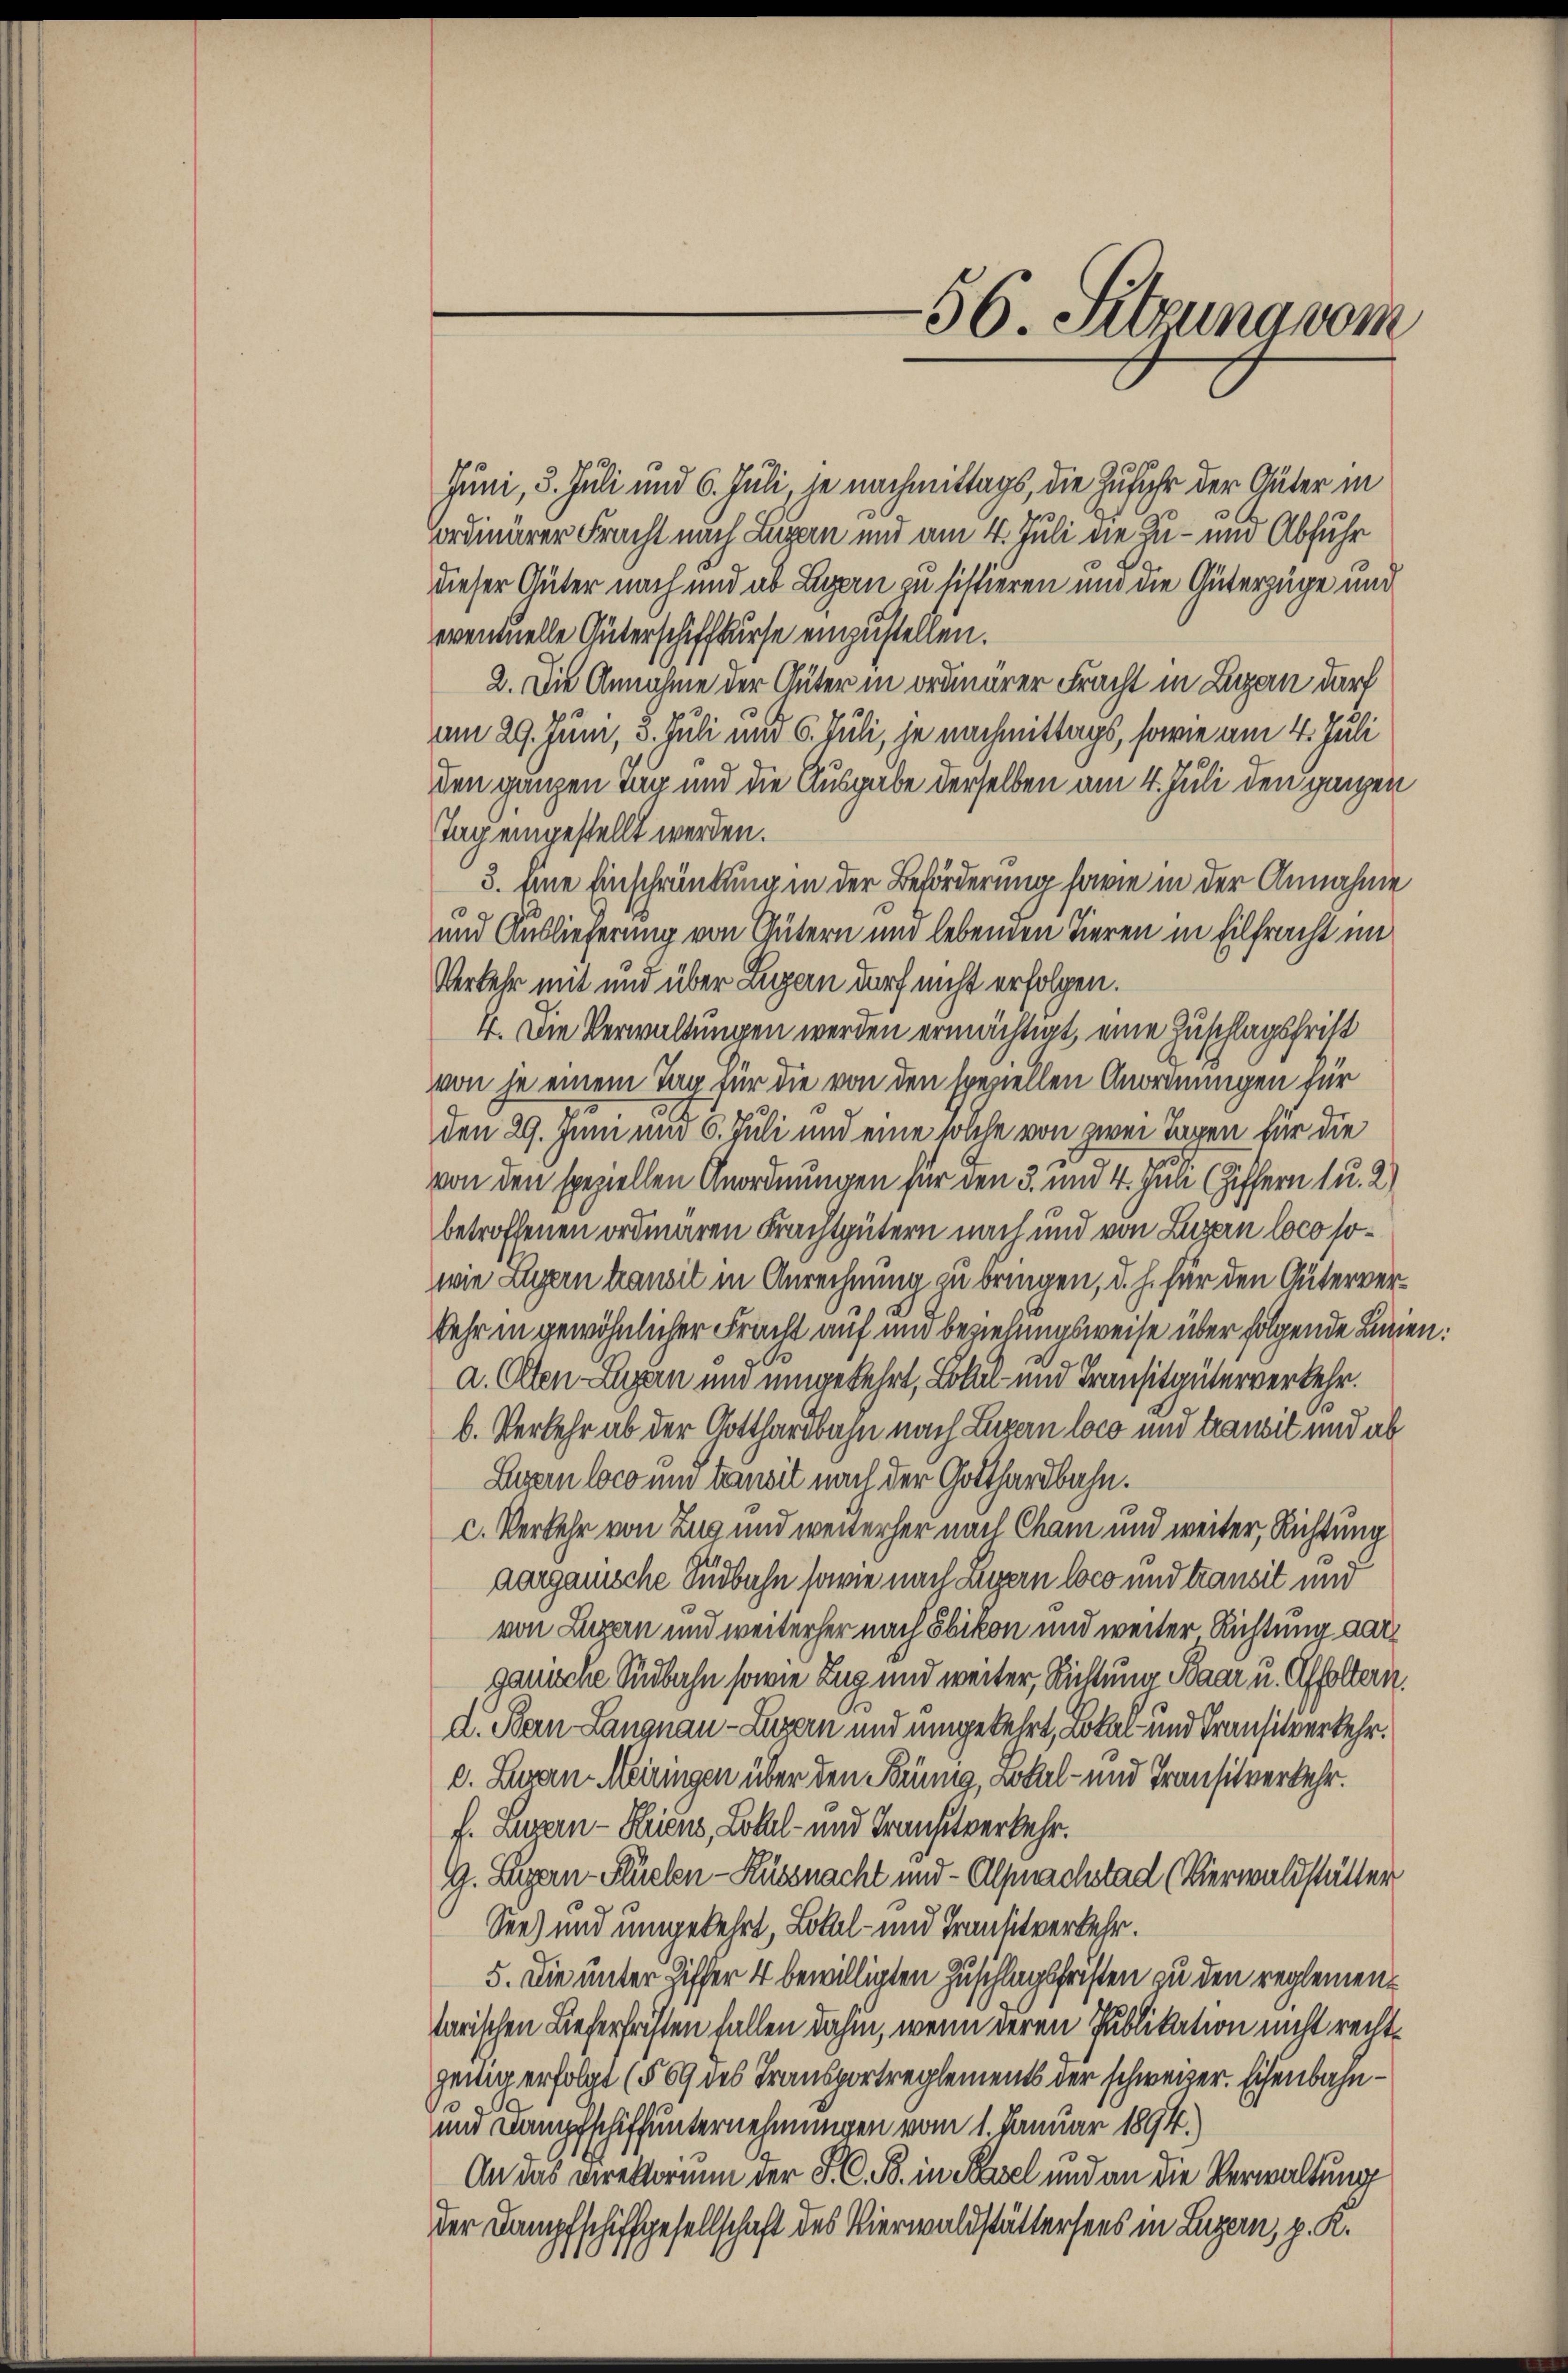
Juni, 3. Juli und 6. Juli, je nachmittags, die Zufuhr der Güter in
ordinärer Fracht nach Luzern und am 4. Juli die Zu- und Abfuhr
dieser Güter nach und ab Luzern zu sistieren und die Güterzüge und
eventuelle Güterschiffkurse einzustellen.
2. Die Annahme der Auter in ordnerer Fracht in Luzern darf
m 29. Juni, 3. Juli und 6. Juli, je nachmittags, sowie am 4. Juli
den gänzen Tag und die Ausgabe derselben am 4. Juli den ganzen
Tag eingestellt werden.
3. Eine Einschränkung in der Beförderung sowie in der Annahme
und Auslieferung von Gütern und lebenden Tieren in Eilfracht im
Verkehr mit und über Luzern darf nicht erfolgen.
4. Die Verwaltungen werden ermächtigt, eine Zuschlagsfrist
von je einem Tag für die von den speziellen Anordnungen für
den 29. Juni und 6. Juli und eine solche von zwei Tagen für die
von den speziellen Anordnungen für den 3. und 4. Juli (Ziffern 1 u. 2)
betroffenen ordiaren Krachtgütern nach und von Luzern loco sowie Luzern transit in Anrechnung zu bringen, d. h. für den Güterversehr in gewöhnlicher Fracht auf und beziehungsweise über folgende Linien.
a. Olten Luzern und umgekehrt, Lokal- und Transitgüterverkehr.
b. Verkehr ab der Gotthardbahn nach Luzern loco und transit und ab
Luzern loco und tansit nach der Gotthardbahn.
c. Verkehr von Zug und weiterher nach Cham und weiter, Richtung
aargauische Südbahn sowie nach Legern loco und transit und
von Luzern und weiterher nach Ebikon und weiter Richtung darganische Südbahn sowie Zug und weiter, Richtung Baar u. Affoltern.
d. Bern Langnau-Luzern und umgekehrt, Lokal- und Transitverkehr.
e. Luzern Meiringen über den Tonung, Lokal- und Transitverkehr.
f. Luzern - Hiens, Lokal- und Transitverkehr.
G. Legern-Stüelen-Küssnacht und -Alpnachstad (Verwaldstätter
See) und umgekehrt, Lokal- und Transitverkehr.
5. Die unter Ziffer 4 bewilligten Zuschlagsfristen zu den reglementarischen Lieferfristen fallen dahin, wenn deren Publikation nicht rechtzeitig erfolgt (§ 69 des Transportreglements der schweizer. Eichenbahn¬
und Dampfschiffunternehmungen vom 1. Januar 1894.
An das Direktorium der S. C. B. in Basel und an die Verwaltung
der Dampfschiffgesellschaft des Vierwaldstättersees in Luzern, p. K.

56. Sitzung vom